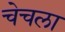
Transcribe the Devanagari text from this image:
चेचला